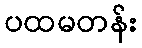
ပထမတန်း